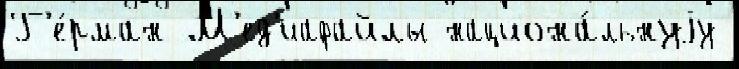
Г'е́рман М'ед'иафайлы национа́льнуjу